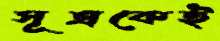
সূত্রকেই